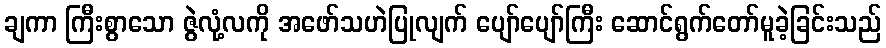
ချကာ ကြီးစွာသော ဇွဲလုံ့လကို အဖော်သဟဲပြုလျက် ပျော်ပျော်ကြီး ဆောင်ရွက်တော်မူခဲ့ခြင်းသည်